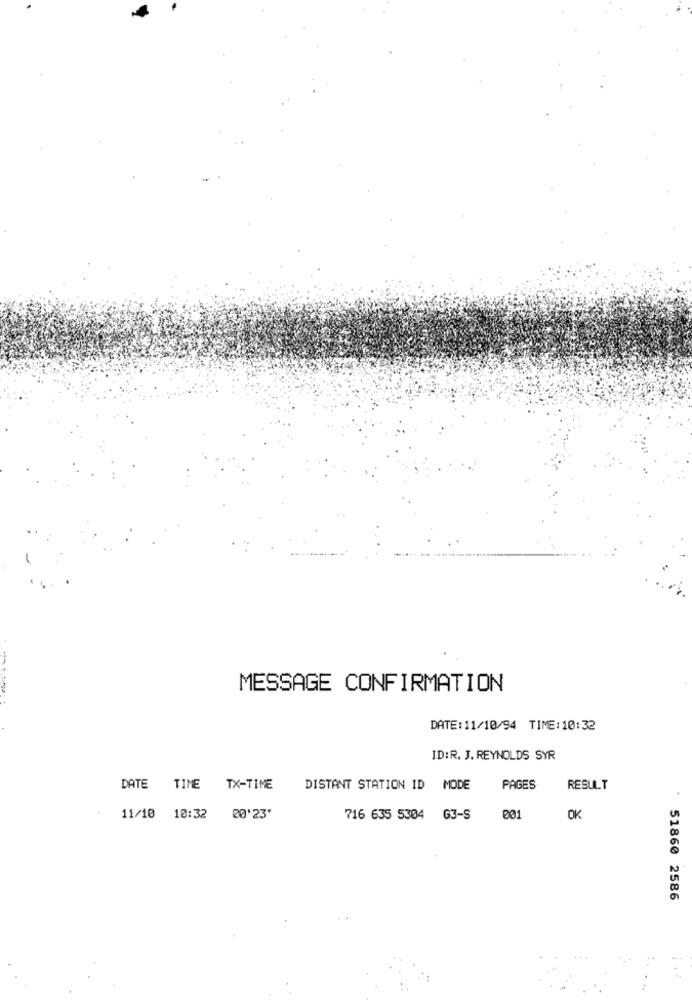
MESSAGE CONFIRMATION
DATE:11/10/94 TIME:10:32
ID:R. J. REYNOLDS SYR
DATE TIME
TX-TIME
DISTANT STATION ID MODE
PAGES
RESULT
11/10 10:32 20'23'
716 635 5304 G3-S
OK
:51860 2586